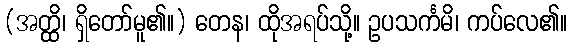
(အတ္ထိ၊ ရှိတော်မူ၏။) တေန၊ ထိုအရပ်သို့။ ဥပသင်္ကမိ၊ ကပ်လေ၏။